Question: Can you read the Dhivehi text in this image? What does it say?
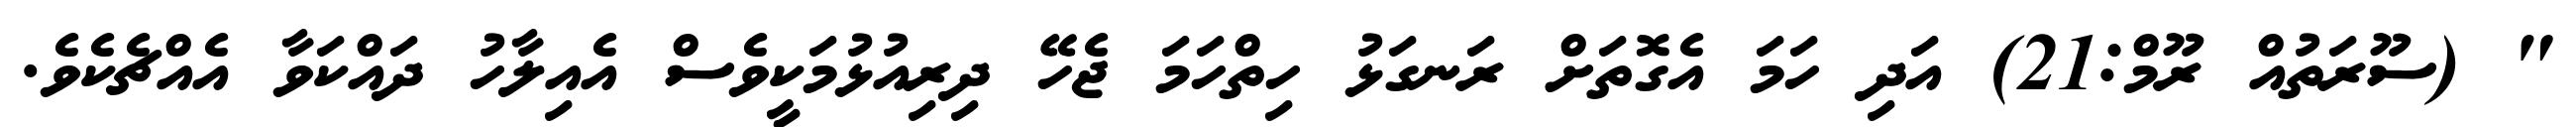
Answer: " (ސޫރަތުއް ރޫމް:21) އަދި ހަމަ އެގޮތަށް ރަނގަޅު ހިތްހަމަ ޖެހޭ ދިރިއުޅުމަކީވެސް އެއިލާހު ދައްކަވާ އެއްޗެކެވެ.